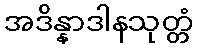
အဒိန္နာဒါနသုတ္တံ